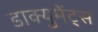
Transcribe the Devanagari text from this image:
डाक्युमेंट्स